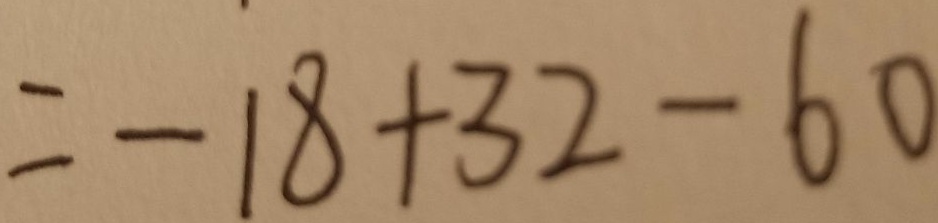
= - 1 8 + 3 2 - 6 0